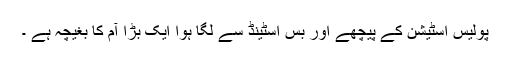
پولیس اسٹیشن کے پیچھے اور بس اسٹینڈ سے لگا ہوا ایک بڑا آم کا بغیچہ ہے ۔